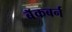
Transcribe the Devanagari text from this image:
बॅकबर्न